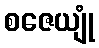
စဇေယျုံ